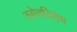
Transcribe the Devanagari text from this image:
तसेचविशेष